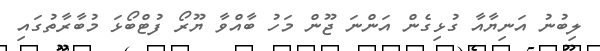
ލިބުނު އަނިޔާއާ ގުޅިގެން އަންނަ ޖޫން މަހު ބާއްވާ ޔޫރޯ ފުޓްބޯޅަ މުބާރާތުގައި